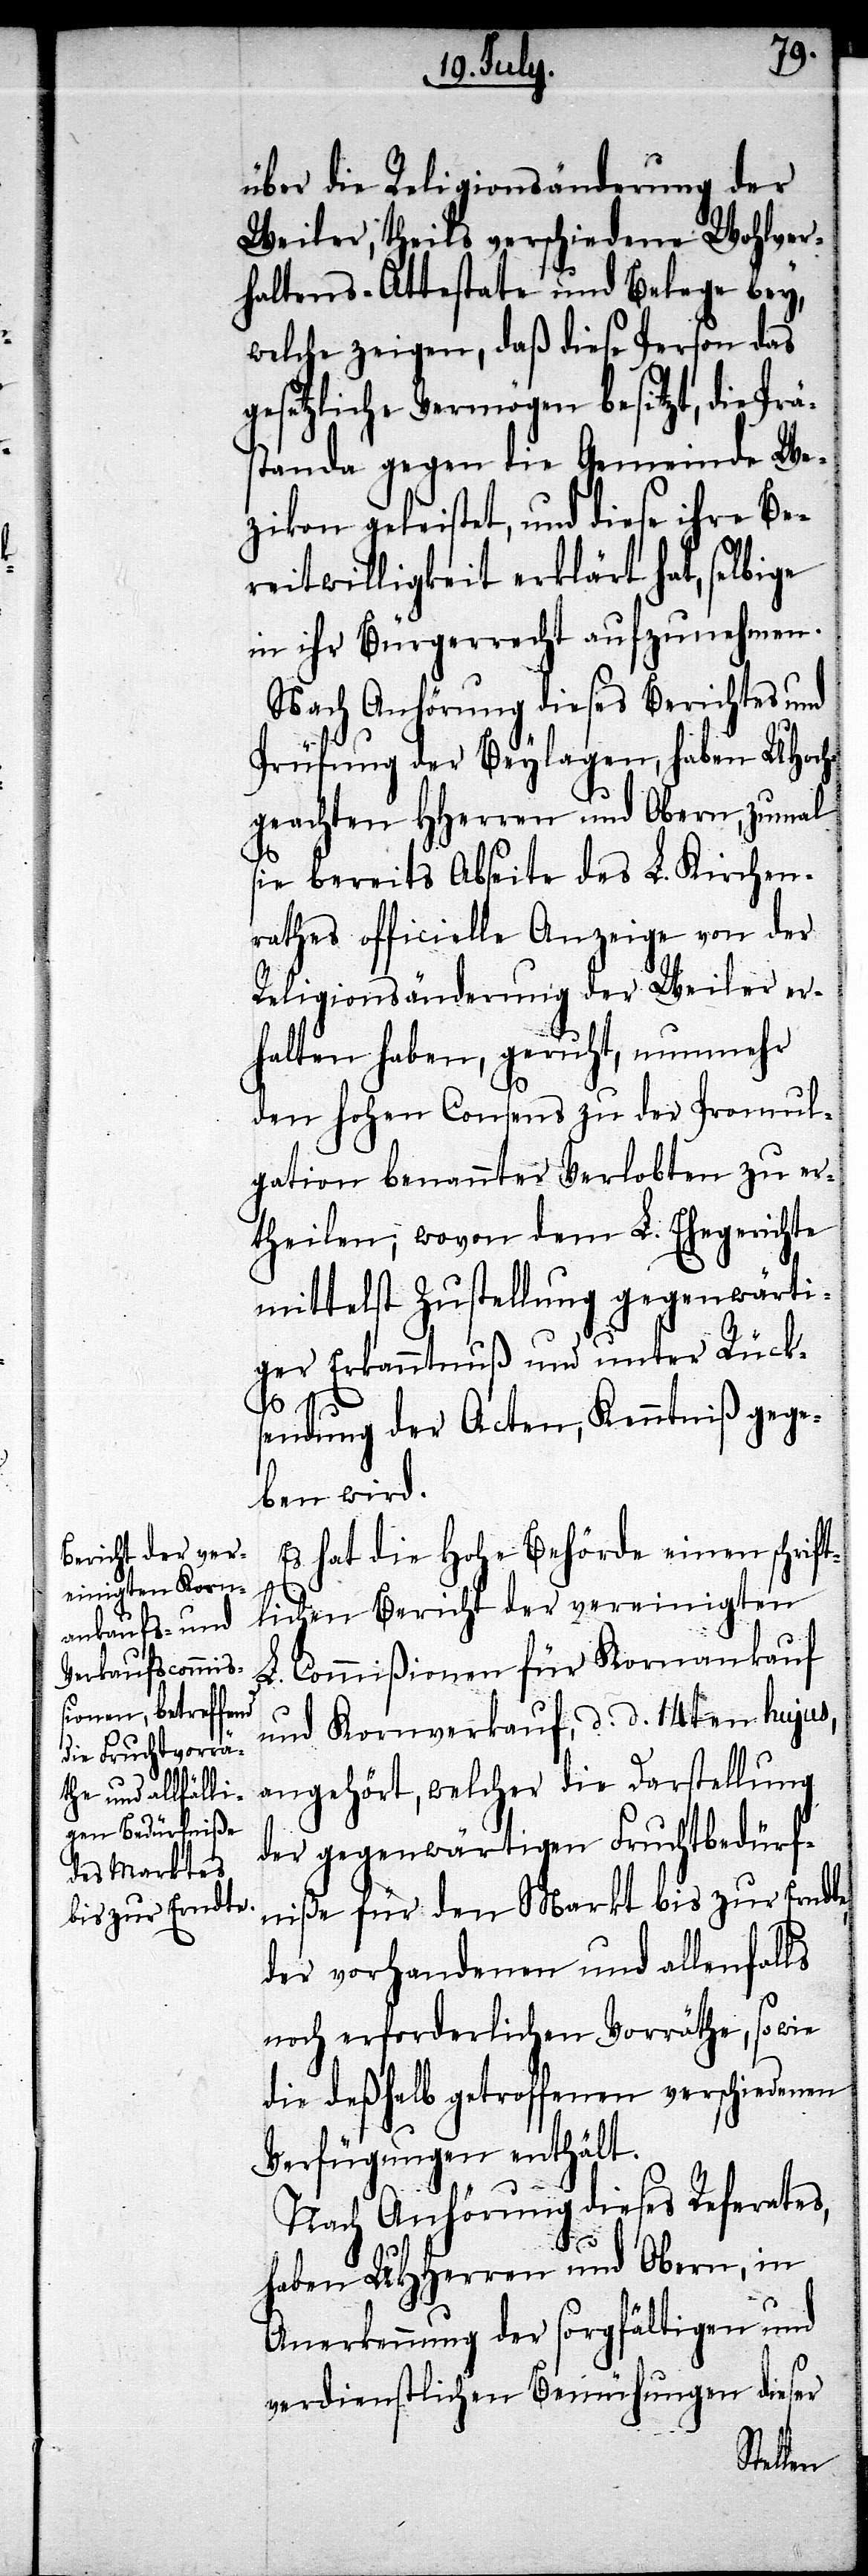
über die Religionsänderung der
Weiler, theils verschiedene Wohlver¬
haltens-Attestate und Belege bey,
welche zeigen, daß diese Person das
gesetzliche Vermögen besitzt, die Prä¬
standa gegen die Gemeinde We¬
[sic!] geleistet, und diese ihre Be¬
reitwilligkeit erklärt hat, selbige
in ihr Bürgerrecht aufzunehmen.
Nach Anhörung dieses Berichtes und
Prüfung der Beylagen, haben UHoch¬
geachten HHerren und Obern, zumal
sie bereits Abseite des L. Kirchen¬
rathes officielle Anzeige von der
Religionsänderung der Weiler er¬
halten haben, geruht, nunmehr
den hohen Consens zu der Promul¬
gation benannter Verlobten zu er¬
theilen, wovon dem L. Ehegerichte
mittelst Zustellung gegenwärti¬
ger Erkanntnuß und unter Rück¬
sendung der Acten, Kenntniß gege¬
ben wird.
Es hat die Hohe Behörde einen schrift¬
lichen Bericht der vereinigten
L. Commißionen für Kornankauf
und Kornverkauf, d. d. 14ten hujus,
angehört, welcher die Darstellung
der gegenwärtigen Fruchtbedürf¬
niße für den Markt bis zur Erndte,
der vorhandenen und allenfalls
noch erforderlichen Vorräthe, so wie
die deßhalb getroffenen verschiedenen
Verfügungen enthält.
Nach Anhörung dieses Referates,
haben UHHerren und Obern, in
Anerkennung der sorgfältigen und
verdienstlichen Bemühungen dieser
zikon